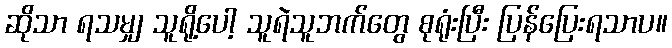
ဆိုသာ ရသမျှ သူရို့ပေါ့ သူရဲသူဘက်တွေ စုရုံးပြီး ပြန်ပြေးရသာပ။